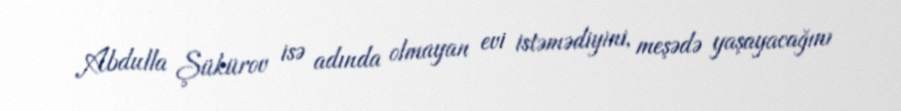
Abdulla Şükürov isə adında olmayan evi istəmədiyini, meşədə yaşayacağını